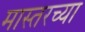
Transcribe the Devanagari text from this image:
मास्तरच्या